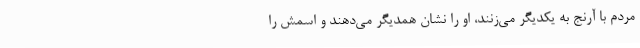
مردم با آرنج به یکدیگر می‌زنند، او را نشان همدیگر می‌دهند و اسمش را